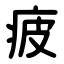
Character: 疲